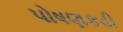
પોષણકડી